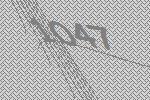
1047